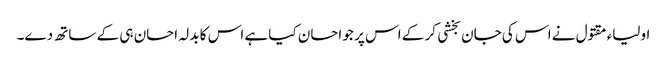
اولیاء مقتول نے اس کی جان بخشی کر کے اس پر جو احسان کیا ہے اس کا بدلہ احسان ہی کے ساتھ دے۔